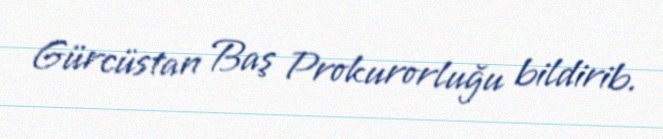
Gürcüstan Baş Prokurorluğu bildirib.